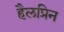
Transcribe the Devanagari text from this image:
हैलप्रिन